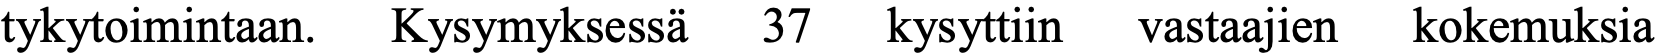
tykytoimintaan. Kysymyksessä 37 kysyttiin vastaajien kokemuksia